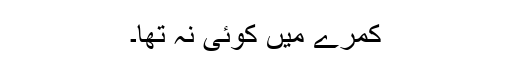
کمرے میں کوئی نہ تھا۔